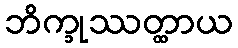
ဘိက္ခုဿတ္ထာယ